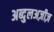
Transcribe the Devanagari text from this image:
अब्दुलअज़ीज़